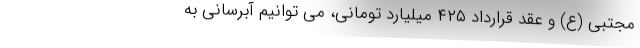
مجتبی (ع) و عقد قرارداد ۴۲۵ میلیارد تومانی، می توانیم آبرسانی به